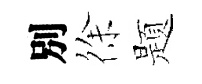
別徐题